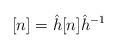
LaTeX: \begin{align*} [n] = \hat h [n] \hat h^{-1}\end{align*}